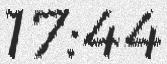
17:44